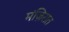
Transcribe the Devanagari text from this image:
मंज़िरात